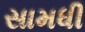
સામધી